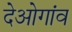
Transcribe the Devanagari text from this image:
देओगांव